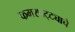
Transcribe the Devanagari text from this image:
कमरपट्ट्याचे